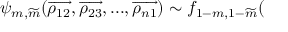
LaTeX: \psi _ { m , \widetilde { m } } ( \overrightarrow { \rho _ { 1 2 } } , \overrightarrow { \rho _ { 2 3 } } , . . . , \overrightarrow { \rho _ { n 1 } } ) \sim f _ { 1 - m , 1 - \widetilde { m } } (